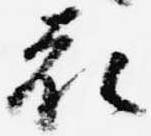
花